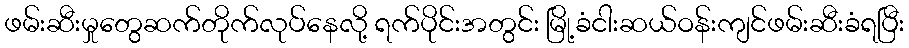
ဖမ်းဆီးမှုတွေဆက်တိုက်လုပ်နေလို့ ရက်ပိုင်းအတွင်း မြို့ခံငါးဆယ်ဝန်းကျင်ဖမ်းဆီးခံရပြီး